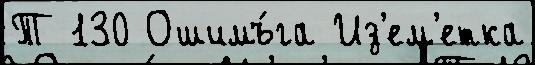
Т 130 Ошимъ́га Из'ем'етка